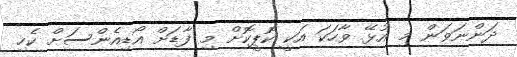
ދަންނަވަން މި އުޅޭ ވާހަކަ އަކީ ކޮޕީކޮށް މި ފާޑަށް އޯޑިއެންސަށް ކެހި